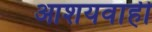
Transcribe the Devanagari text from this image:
आशयवाही